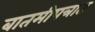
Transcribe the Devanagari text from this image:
बातमीपत्रात